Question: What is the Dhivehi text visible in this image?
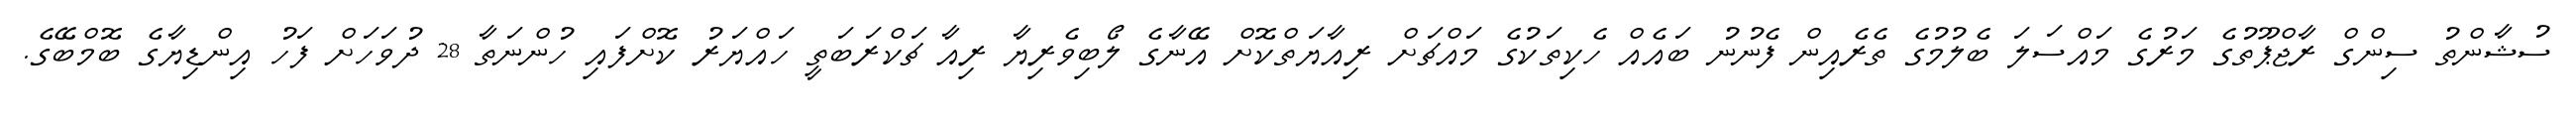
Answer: ސުޝާންތު ސިންގް ރާޖްޕޫތުގެ މަރުގެ މައްސަލަ ބެލުމުގެ ތެރެއިން ފެނުނު ބައެއް ހެކިތަކުގެ މައްޗަށް ރިއާޔަތްކޮށް އޭނާގެ ލޯބިވެރިޔާ ރިއާ ޗަކްރަބަތީ ހައްޔަރު ކޮށްފައި ހުންނަތާ 28 ދުވަހަށް ފަހު އިންޑިޔާގެ ބޮމްބޭގެ.